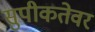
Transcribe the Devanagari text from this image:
सुपीकतेवर